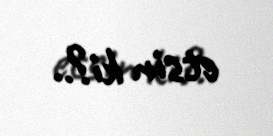
etsin ki?..